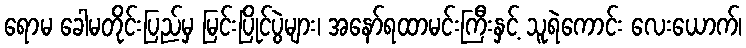
ရောမ ခေါမတိုင်းပြည်မှ မြင်းပြိုင်ပွဲများ၊ အနော်ရထာမင်းကြီးနှင့် သူရဲကောင်း လေးယောက်၊